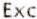
EXC